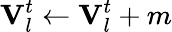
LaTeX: \mathbf{V}_{l}^{t}\gets\mathbf{V}_{l}^{t}+m